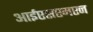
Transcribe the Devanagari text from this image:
आईएसएमएन